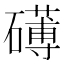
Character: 礡